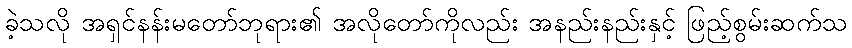
ခဲ့သလို အရှင်နန်းမတော်ဘုရား၏ အလိုတော်ကိုလည်း အနည်းနည်းနှင့် ဖြည့်စွမ်းဆက်သ